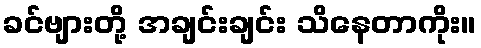
ခင်ဗျားတို့ အချင်းချင်း သိနေတာကိုး။